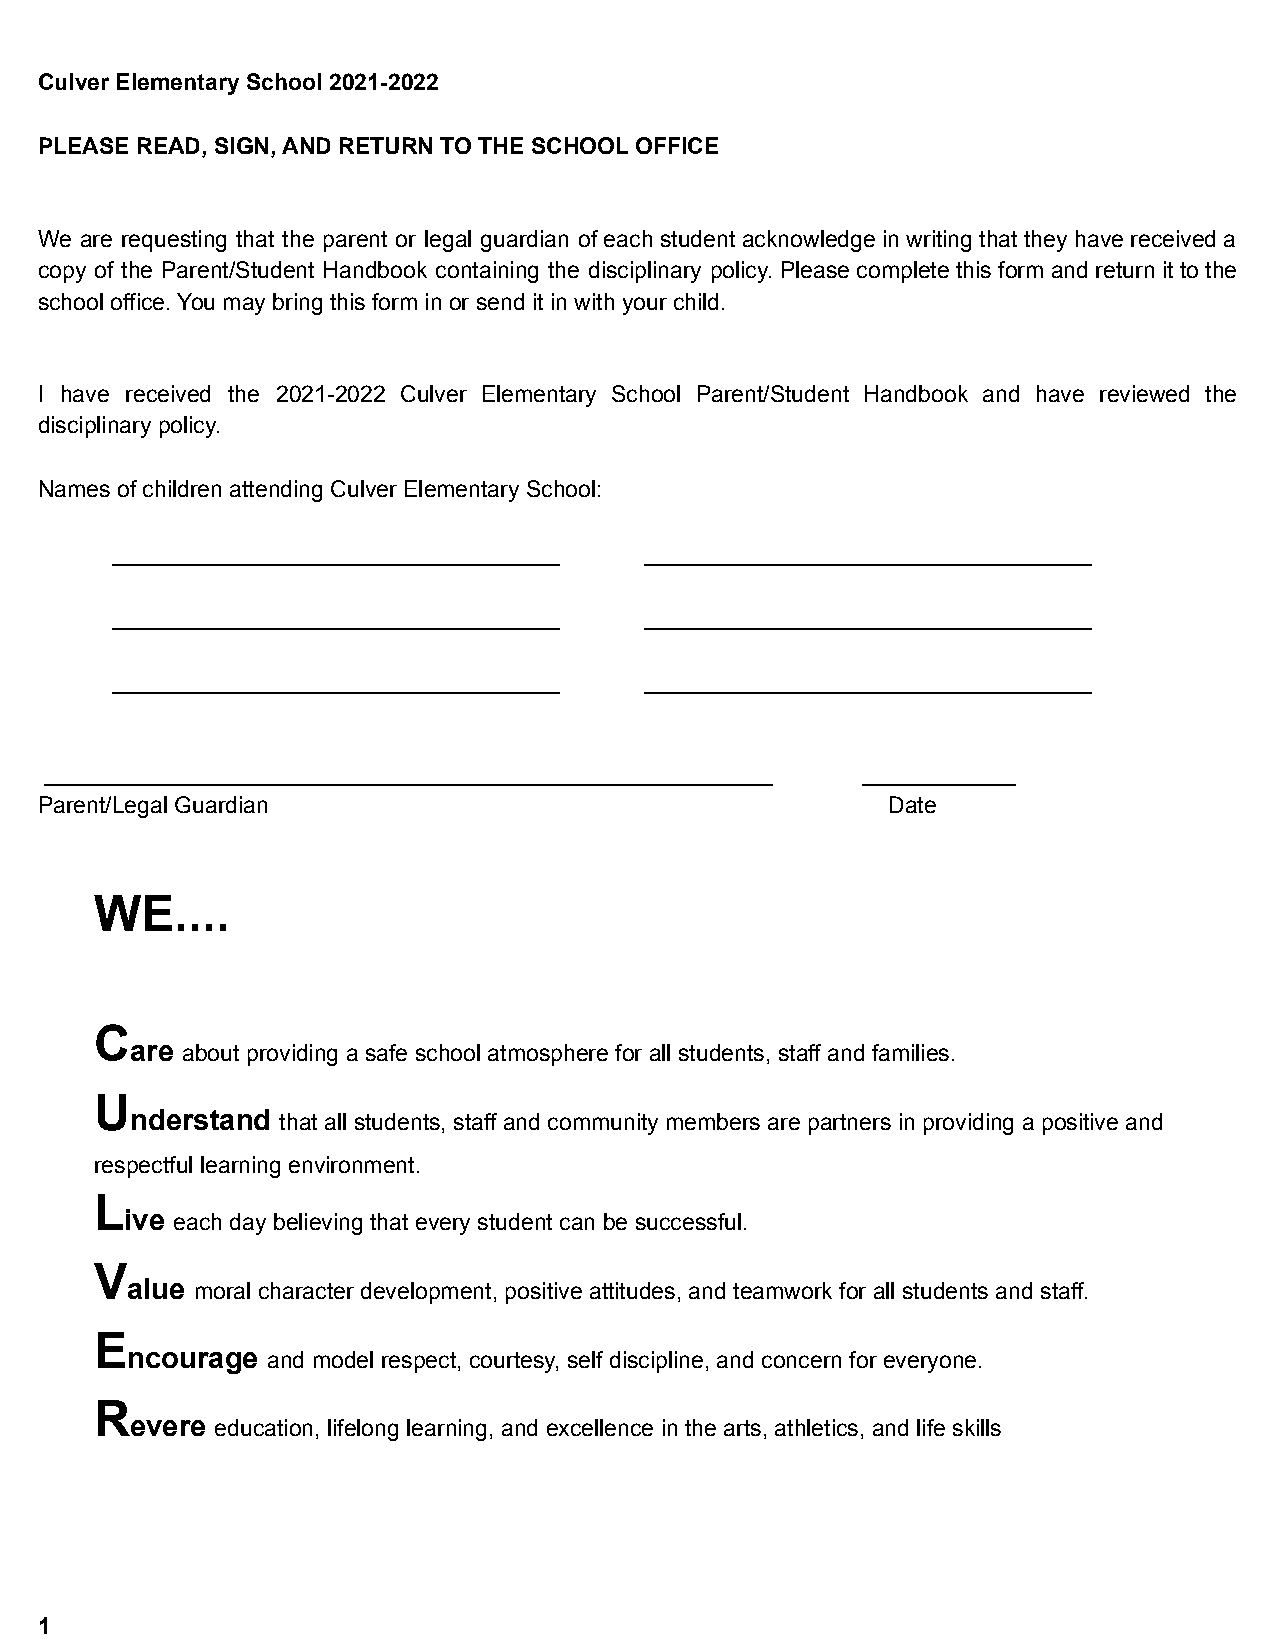
Culver Elementary School 2021-2022
 PLEASE READ, SIGN, AND RETURN TO THE SCHOOL OFFICE
 We are requesting that the parent or legal guardian of each student acknowledge in writing that they have received a
 copy of the Parent/Student Handbook containing the disciplinary policy. Please complete this form and return it to the
 school office. You may bring this form in or send it in with your child.
 I have received the 2021-2022 Culver Elementary School Parent/Student Handbook and have reviewed the
 disciplinary policy.
 Names of children attending Culver Elementary School:
 ___________________________________ ___________________________________
 ___________________________________ ___________________________________
 ___________________________________ ___________________________________
 _________________________________________________________ ____________
 Parent/Legal Guardian                                    Date
 WE....
 C
 are about providing a safe school atmosphere for all students, staff and families.
 U
 nderstand that all students, staff and community members are partners in providing a positive and
 respectful learning environment.
 L
 ive each day believing that every student can be successful.
 V
 alue moral character development, positive attitudes, and teamwork for all students and staff.
 E
 ncourage  and model respect, courtesy, self discipline, and concern for everyone.
 R
 evere education, lifelong learning, and excellence in the arts, athletics, and life skills
 1